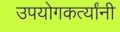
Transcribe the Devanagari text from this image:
उपयोगकर्त्यांनी